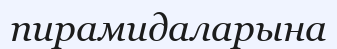
пирамидаларына